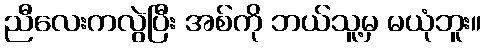
ညီလေးကလွဲပြီး အစ်ကို ဘယ်သူ့မှ မယုံဘူး။